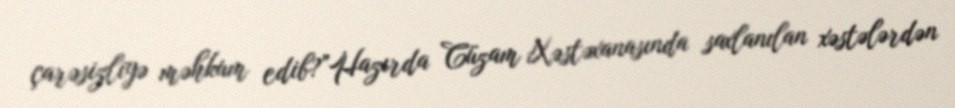
çarəsizliyə məhkum edib?”Hazırda Cüzam Xəstəxanasında saxlanılan xəstələrdən